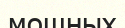
мощных